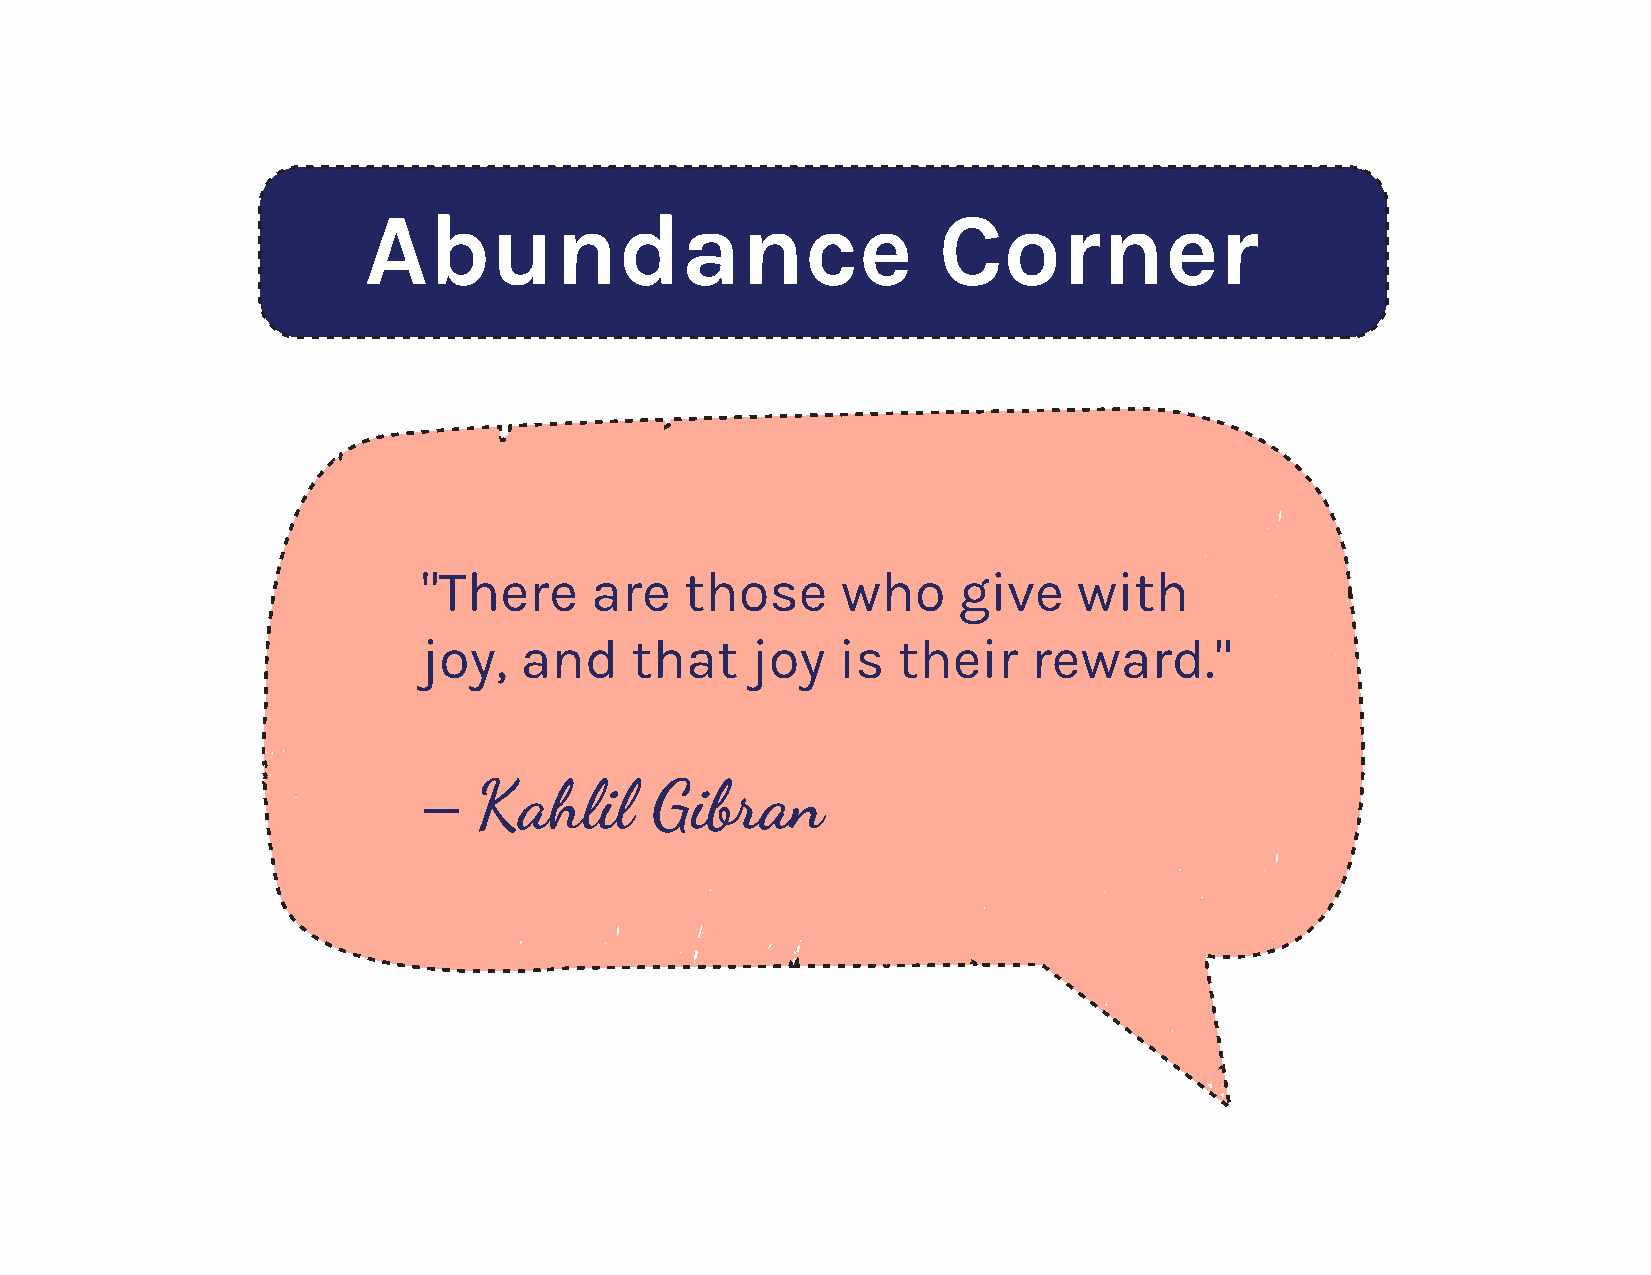
AAbbuunnddaannccee                    CCoorrnneerr
 "There     are   those      who    give    with
 joy,  and     that    joy  is  their    reward."
 Kahlil      Gibran
 —